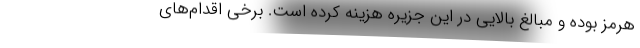
هرمز بوده و مبالغ بالایی در این جزیره هزینه کرده است. برخی اقدام‌های